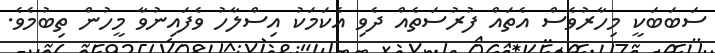
ސަބަބަކީ މިހާރުވެސް އެތައް ފުރުސަތެއް ދެވި އެކަމަކު އިސްލާހު ވެފައިނުވާ މީހުން ތިބުމެވެ.